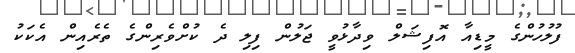
ފުލުހުންގެ މީޑިއާ އޮފިޝަލް ވިދާޅުވީ ޖަލުން ފިލި ދެ ކުށްވެރިންގެ ތެރެއިން އެކަކު